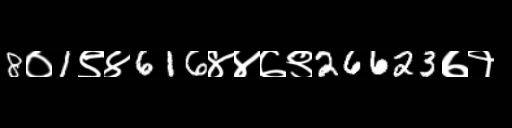
Text: 8०1९४616४४७९26623७१